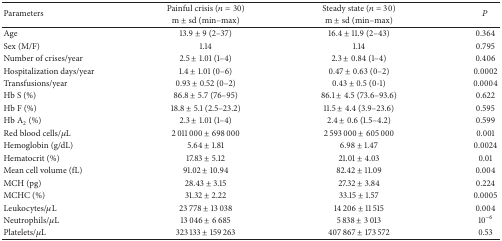
<table><thead><tr><td rowspan="2"><b>Parameters</b></td><td><b>Painful crisis (<i>n</i> = 30)</b></td><td><b>Steady state (<i>n</i> = 30)</b></td><td rowspan="2"><b><i>P</i></b></td></tr><tr><td><b>m ± sd (min–max)</b></td><td><b>m ± sd (min–max)</b></td></tr></thead><tbody><tr><td>Age</td><td>13.9 ± 9 (2–37)</td><td>16.4 ± 11.9 (2–43)</td><td>0.364</td></tr><tr><td>Sex (M/F)</td><td>1.14</td><td>1.14 </td><td>0.795</td></tr><tr><td>Number of crises/year</td><td>2.5 ± 1.01 (1–4)</td><td>2.3 ± 0.84 (1–4)</td><td>0.406</td></tr><tr><td>Hospitalization days/year </td><td>1.4 ± 1.01 (0–6)</td><td>0.47 ± 0.63 (0–2)</td><td>0.0002</td></tr><tr><td>Transfusions/year</td><td>0.93 ± 0.52 (0–2)</td><td>0.43 ± 0.5 (0-1)</td><td>0.0004</td></tr><tr><td>Hb S (%)</td><td>86.8 ± 5.7 (76–95)</td><td>86.1 ± 4.5 (73.6–93.6)</td><td>0.622</td></tr><tr><td>Hb F (%) </td><td>18.8 ± 5.1 (2.5–23.2)</td><td>11.5 ± 4.4 (3.9–23.6)</td><td>0.595</td></tr><tr><td>Hb A<sub>2</sub> (%)</td><td>2.3 ± 1.01 (1–4)</td><td>2.4 ± 0.6 (1.5–4.2)</td><td>0.599</td></tr><tr><td>Red blood cells/<i>μ</i>L</td><td>2 011 000 ± 698 000 </td><td>2 593 000 ± 605 000 </td><td>0.001</td></tr><tr><td>Hemoglobin (g/dL)</td><td> 5.64 ± 1.81 </td><td> 6.98 ± 1.47 </td><td>0.0024</td></tr><tr><td>Hematocrit (%)</td><td>17.83 ± 5.12 </td><td>21.01 ± 4.03 </td><td>0.01</td></tr><tr><td>Mean cell volume (fL)</td><td>91.02 ± 10.94 </td><td>82.42 ± 11.09 </td><td>0.004</td></tr><tr><td>MCH (pg)</td><td>28.43 ± 3.15 </td><td>27.32 ± 3.84 </td><td>0.224</td></tr><tr><td>MCHC (%)</td><td>31.32 ± 2.22</td><td>33.15 ± 1.57</td><td>0.0005</td></tr><tr><td>Leukocytes/<i>μ</i>L</td><td>23 778 ± 13 038 </td><td>14 206 ± 11 515 </td><td>0.004</td></tr><tr><td>Neutrophils/<i>μ</i>L</td><td>13 046 ± 6 685</td><td>5 838 ± 3 013 </td><td>10<sup>−6</sup></td></tr><tr><td>Platelets/<i>μ</i>L </td><td>323 133 ± 159 263 </td><td>407 867 ± 173 572 </td><td>0.53</td></tr></tbody></table>